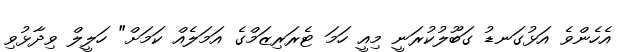
އެހެންވެ އަޅުގަނޑު ގަބޫލުކުރަނީ މިއީ ހަމަ ޓެރަރިޒަމްގެ އަމަލެއް ކަމަށް" ހަލީލް ވިދާޅުވި